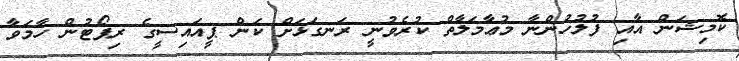
ކޮމިޝަން އާއި ފުލުހުންނާ މުޢާމަލާތް ކުރެވުނީ ރަނގަޅަށް ކަން ޕީއައިސީގެ ރިޕޯޓުން ހާމަވާ